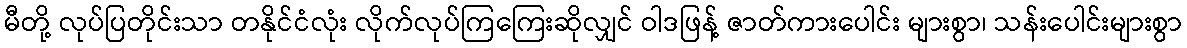
မီတို့ လုပ်ပြတိုင်းသာ တနိုင်ငံလုံး လိုက်လုပ်ကြကြေးဆိုလျှင် ဝါဒဖြန့် ဇာတ်ကားပေါင်း များစွာ၊ သန်းပေါင်းများစွာ